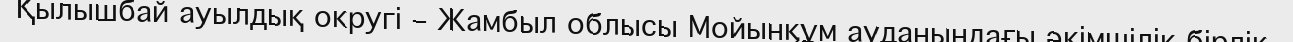
Қылышбай ауылдық округі – Жамбыл облысы Мойынқұм ауданындағы әкімшілік бірлік.